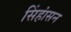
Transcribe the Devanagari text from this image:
सिंहांसन